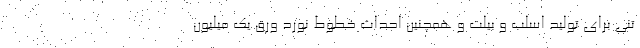
تني براي توليد اسلب و بيلت و همچنین احداث خطوط نورد ورق يك ميليون